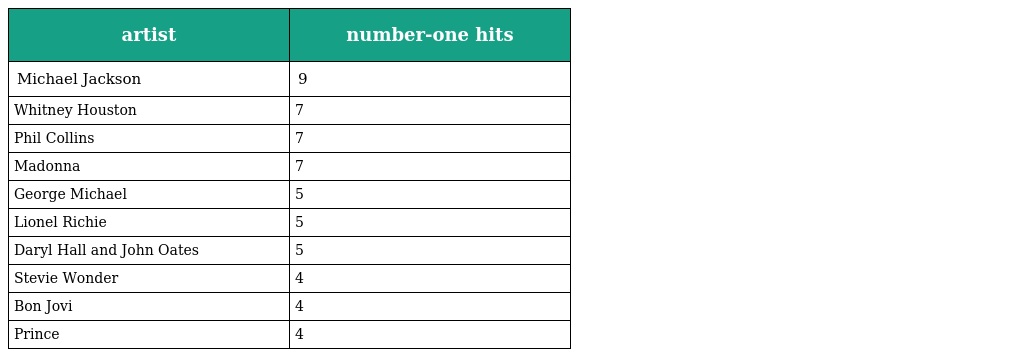
| artist | number-one hits |
 | --- | --- |
 | Michael Jackson | 9 |
 | Whitney Houston | 7 |
 | Phil Collins | 7 |
 | Madonna | 7 |
 | George Michael | 5 |
 | Lionel Richie | 5 |
 | Daryl Hall and John Oates | 5 |
 | Stevie Wonder | 4 |
 | Bon Jovi | 4 |
 | Prince | 4 |